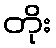
တိုး